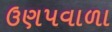
ઉણપવાળા